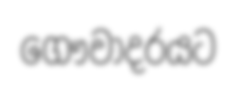
ගෞවාදරයට